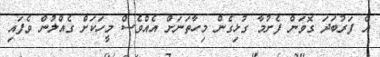
އެ ފަރުބަދަ ގޮވަން ފެށުމާ ގުޅިގެން މިހާތަނަށް އެއްވެސް މީހަކަށް ގެއްލުން ވެފައި